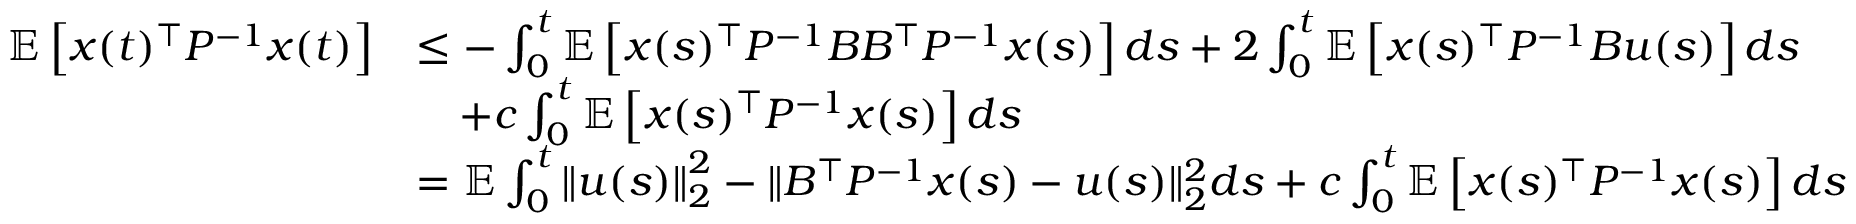
\begin{array} { r l } { \mathbb E \left[ x ( t ) ^ { \top } P ^ { - 1 } x ( t ) \right] } & { \leq - \int _ { 0 } ^ { t } \mathbb E \left[ x ( s ) ^ { \top } P ^ { - 1 } B B ^ { \top } P ^ { - 1 } x ( s ) \right] d s + 2 \int _ { 0 } ^ { t } \mathbb E \left[ x ( s ) ^ { \top } P ^ { - 1 } B u ( s ) \right] d s } \\ & { \quad + c \int _ { 0 } ^ { t } \mathbb E \left[ x ( s ) ^ { \top } P ^ { - 1 } x ( s ) \right] d s } \\ & { = \mathbb E \int _ { 0 } ^ { t } \left\| u ( s ) \right\| _ { 2 } ^ { 2 } - \| B ^ { \top } P ^ { - 1 } x ( s ) - u ( s ) \| _ { 2 } ^ { 2 } d s + c \int _ { 0 } ^ { t } \mathbb E \left[ x ( s ) ^ { \top } P ^ { - 1 } x ( s ) \right] d s } \end{array}